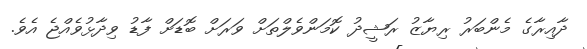
ދާއިރާގެ މެންބަރު ރިޔާޒު ރަޝީދު ކޮމަންވެލްތަށް ވަރަށް ބޮޑަށް ފާޑު ވިދާޅުވެއްޖެ އެވެ.